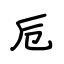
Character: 卮